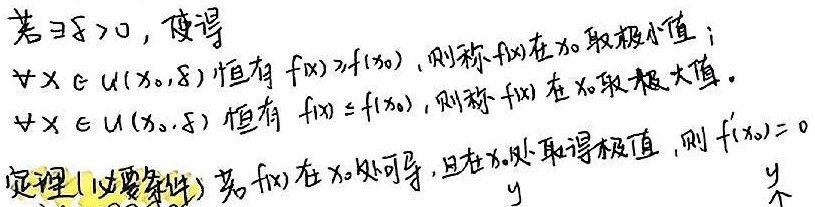
若\(\exists \delta >0\)，使得对任意\(x \in U(x_0,\delta)\)恒有\(f(x)>f(x_0)\)，则称\(f(x)\)在\(x_0\)取极小值；若对任意\(x \in U(x_0,\delta)\)恒有\(f(x)\leq f(x_0)\)，则称\(f(x)\)在\(x_0\)取极大值。

定理1（必要条件）：若\(f(x)\)在\(x_0\)处可导，且在\(x_0\)处取得极值，则\(f'(x_0)=0\)